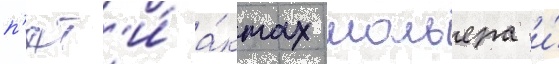
п'ят'и́ а́ктах мольера и́